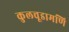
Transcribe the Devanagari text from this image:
कुलचूडामणि